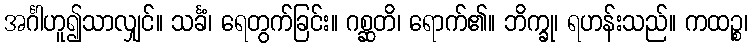
အင်္ဂါဟူ၍သာလျှင်။ သင်္ခံ၊ ရေတွက်ခြင်း။ ဂစ္ဆတိ၊ ရောက်၏။ ဘိက္ခု၊ ရဟန်းသည်။ ကထဉ္စ၊